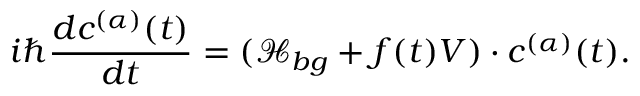
i \hbar \frac { d \boldsymbol { c } ^ { ( \alpha ) } ( t ) } { d t } = ( \boldsymbol { \mathcal { H } _ { b g } } + f ( t ) \boldsymbol { V } ) \cdot \boldsymbol { c } ^ { ( \alpha ) } ( t ) .